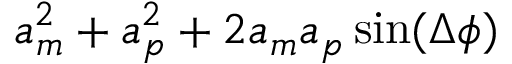
a _ { m } ^ { 2 } + a _ { p } ^ { 2 } + 2 a _ { m } a _ { p } \sin ( \Delta \phi )